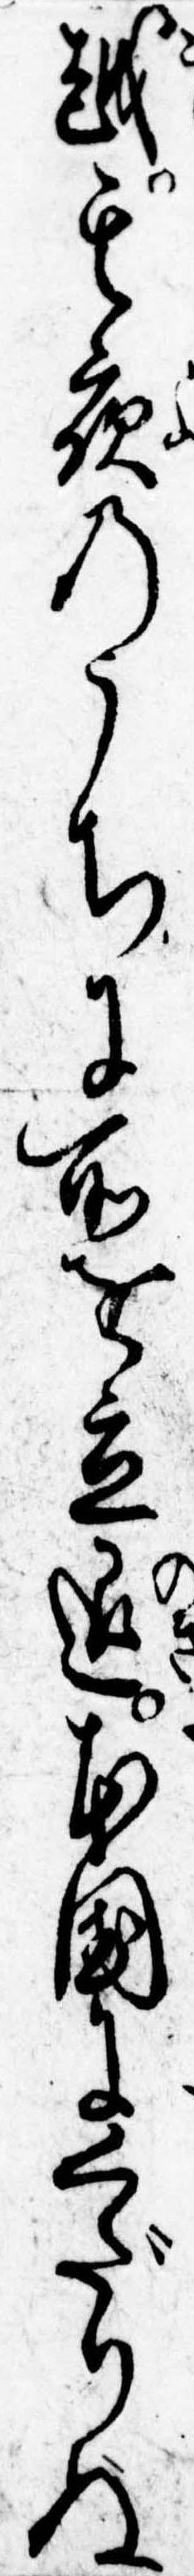
越其夜のうちに所を立退本国にくだりぬ